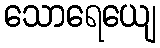
သောရေယျေ